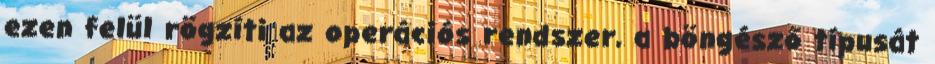
ezen felül rögzíti az operációs rendszer, a böngésző típusát